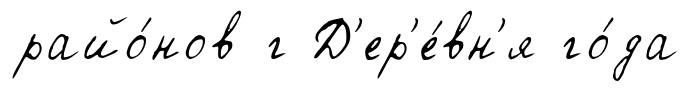
райо́нов г Д'ер'е́вн'я го́да